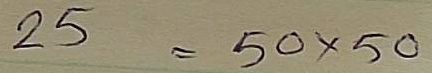
25 = 50 x 50